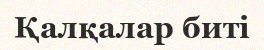
Қалқалар биті